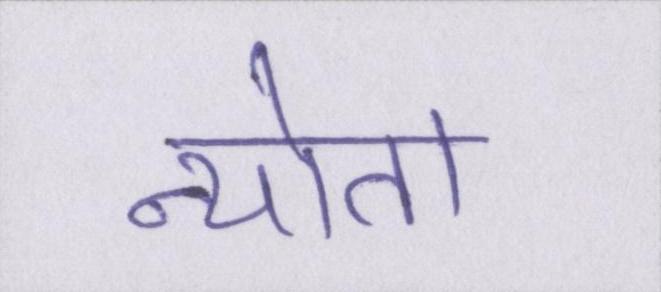
न्योता